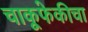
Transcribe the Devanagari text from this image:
चाकूफेकीचा